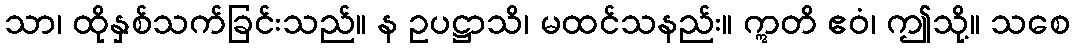
သာ၊ ထိုနှစ်သက်ခြင်းသည်။ န ဥပဋ္ဌာသိ၊ မထင်သနည်း။ ဣတိ ဧဝံ၊ ဤသို့။ သစေ